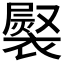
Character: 𧜷